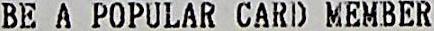
BE A POPULAR CARD MEMBER